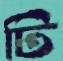
টি